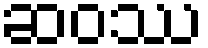
ဆဝဿ